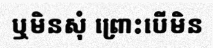
ឬមិនសុំ ព្រោះបើមិន